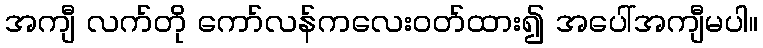
အကျီ လက်တို ကော်လန်ကလေးဝတ်ထား၍ အပေါ်အကျီမပါ။